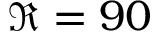
\Re = 9 0